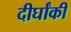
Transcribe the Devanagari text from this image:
दीर्घांकी